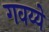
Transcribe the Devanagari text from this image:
गवय्ये